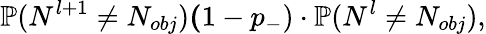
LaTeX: \mathbb{P}(N^{l+1}\neq N_{obj})\le(1-p_{-})\cdot\mathbb{P}(N^{l}\neq N_{obj}),